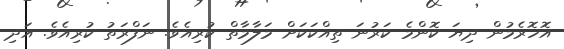
އޮހޮރެމުން ދިޔަ ކޮންމެ ކަރުނަ ތިއްކަކަށް މަލާމާތް ކުރިއެވެ. ނަފްރަތު ކުރިއެވެ. އަދި